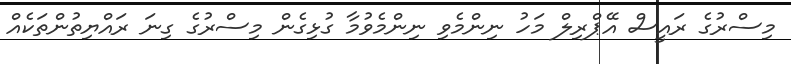
މިސްރުގެ ރައީސް އޭޕްރިލް މަހު ނިންމެވި ނިންމެވުމާ ގުޅިގެން މިސްރުގެ ގިނަ ރައްޔިތުންތަކެއް